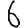
Digit: 6